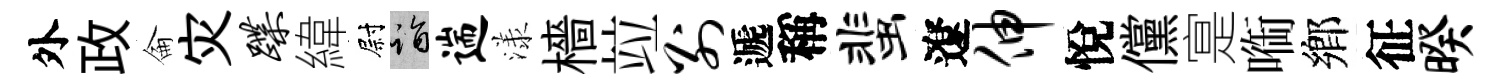
外政侖灾蹀緯尉诣遄漾檣竝别遞稱蜚遼伸悅儻寔㗸鄉征暌